Indian journal of veterinary science and animal husbandry - Volumes 22-23, 1952-1953
Year: 1952
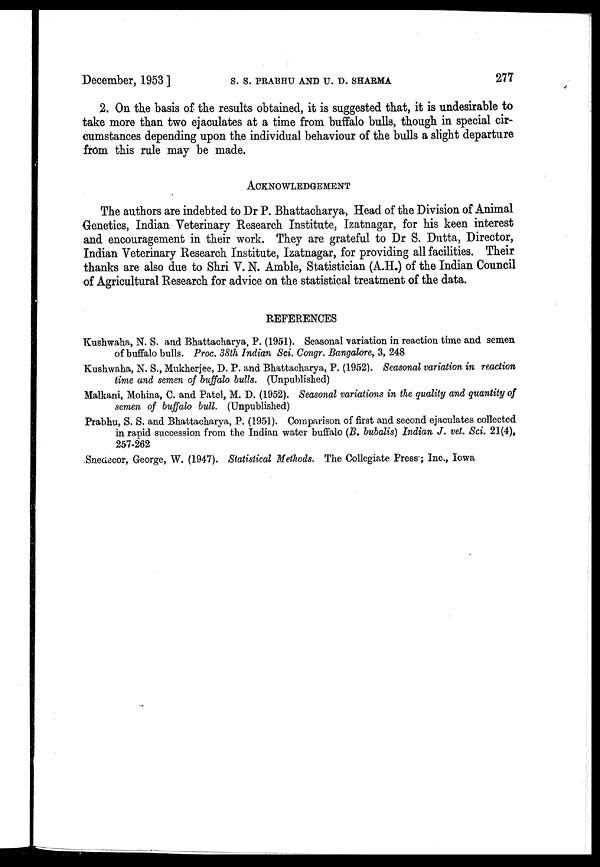
December, 1953] S. S. PRABHU AND U. D. SHARMA 277
2. On the basis of the results obtained, it is suggested that, it is undesirable to
take more than two ejaculates at a time from buffalo bulls, though in special cir-
cumstances depending upon the individual behaviour of the bulls a slight departure
from this rule may be made.
ACKNOWLEDGEMENT
The authors are indebted to Dr P. Bhattacharya, Head of the Division of Animal
Genetics, Indian Veterinary Research Institute, Izatnagar, for his keen interest
and encouragement in their work. They are grateful to Dr S. Dutta, Director,
Indian Veterinary Research Institute, Izatnagar, for providing all facilities. Their
thanks are also due to Shri V. N. Amble, Statistician (A.H.) of the Indian Council
of Agricultural Research for advice on the statistical treatment of the data.
REFERENCES
Kushwaha, N. S. and Bhattacharya, P. (1951). Seasonal variation in reaction time and semen
of buffalo bulls. Proc. 38th Indian Sci. Congr. Bangalore, 3, 248
Kushwaha, N. S., Mukherjee, D. P. and Bhattacharya, P. (1952). Seasonal variation in reaction
time and semen of buffalo bulls. (Unpublished)
Malkani, Mohina, C. and Patel, M. D. (1952). Seasonal variations in the quality and quantity of
semen of buffalo bull. (Unpublished)
Prabhu, S. S. and Bhattacharya, P. (1951). Comparison of first and second ejaculates collected
in rapid succession from the Indian water buffalo (B. bubalis) Indian J. vet. Sci. 21(4),
257-262
Snedecor, George, W. (1947). Statistical Methods. The Collegiate Press; Inc., Iowa